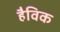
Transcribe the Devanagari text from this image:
हैविक